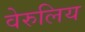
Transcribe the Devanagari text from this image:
वेरुलिय